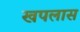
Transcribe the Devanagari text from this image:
खपलास